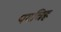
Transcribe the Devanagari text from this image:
पगचिह्न